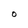
Character: O